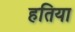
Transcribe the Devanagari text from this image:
हतिया